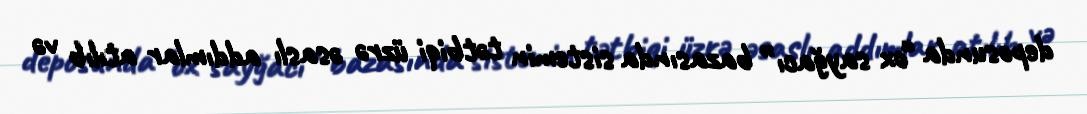
deposunda “ox sayğacı” bazasında sistemin tətbiqi üzrə əsaslı addımlar atılıb və